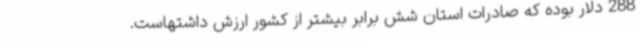
288 دلار بوده که صادرات استان شش برابر بیشتر از کشور ارزش داشتهاست.